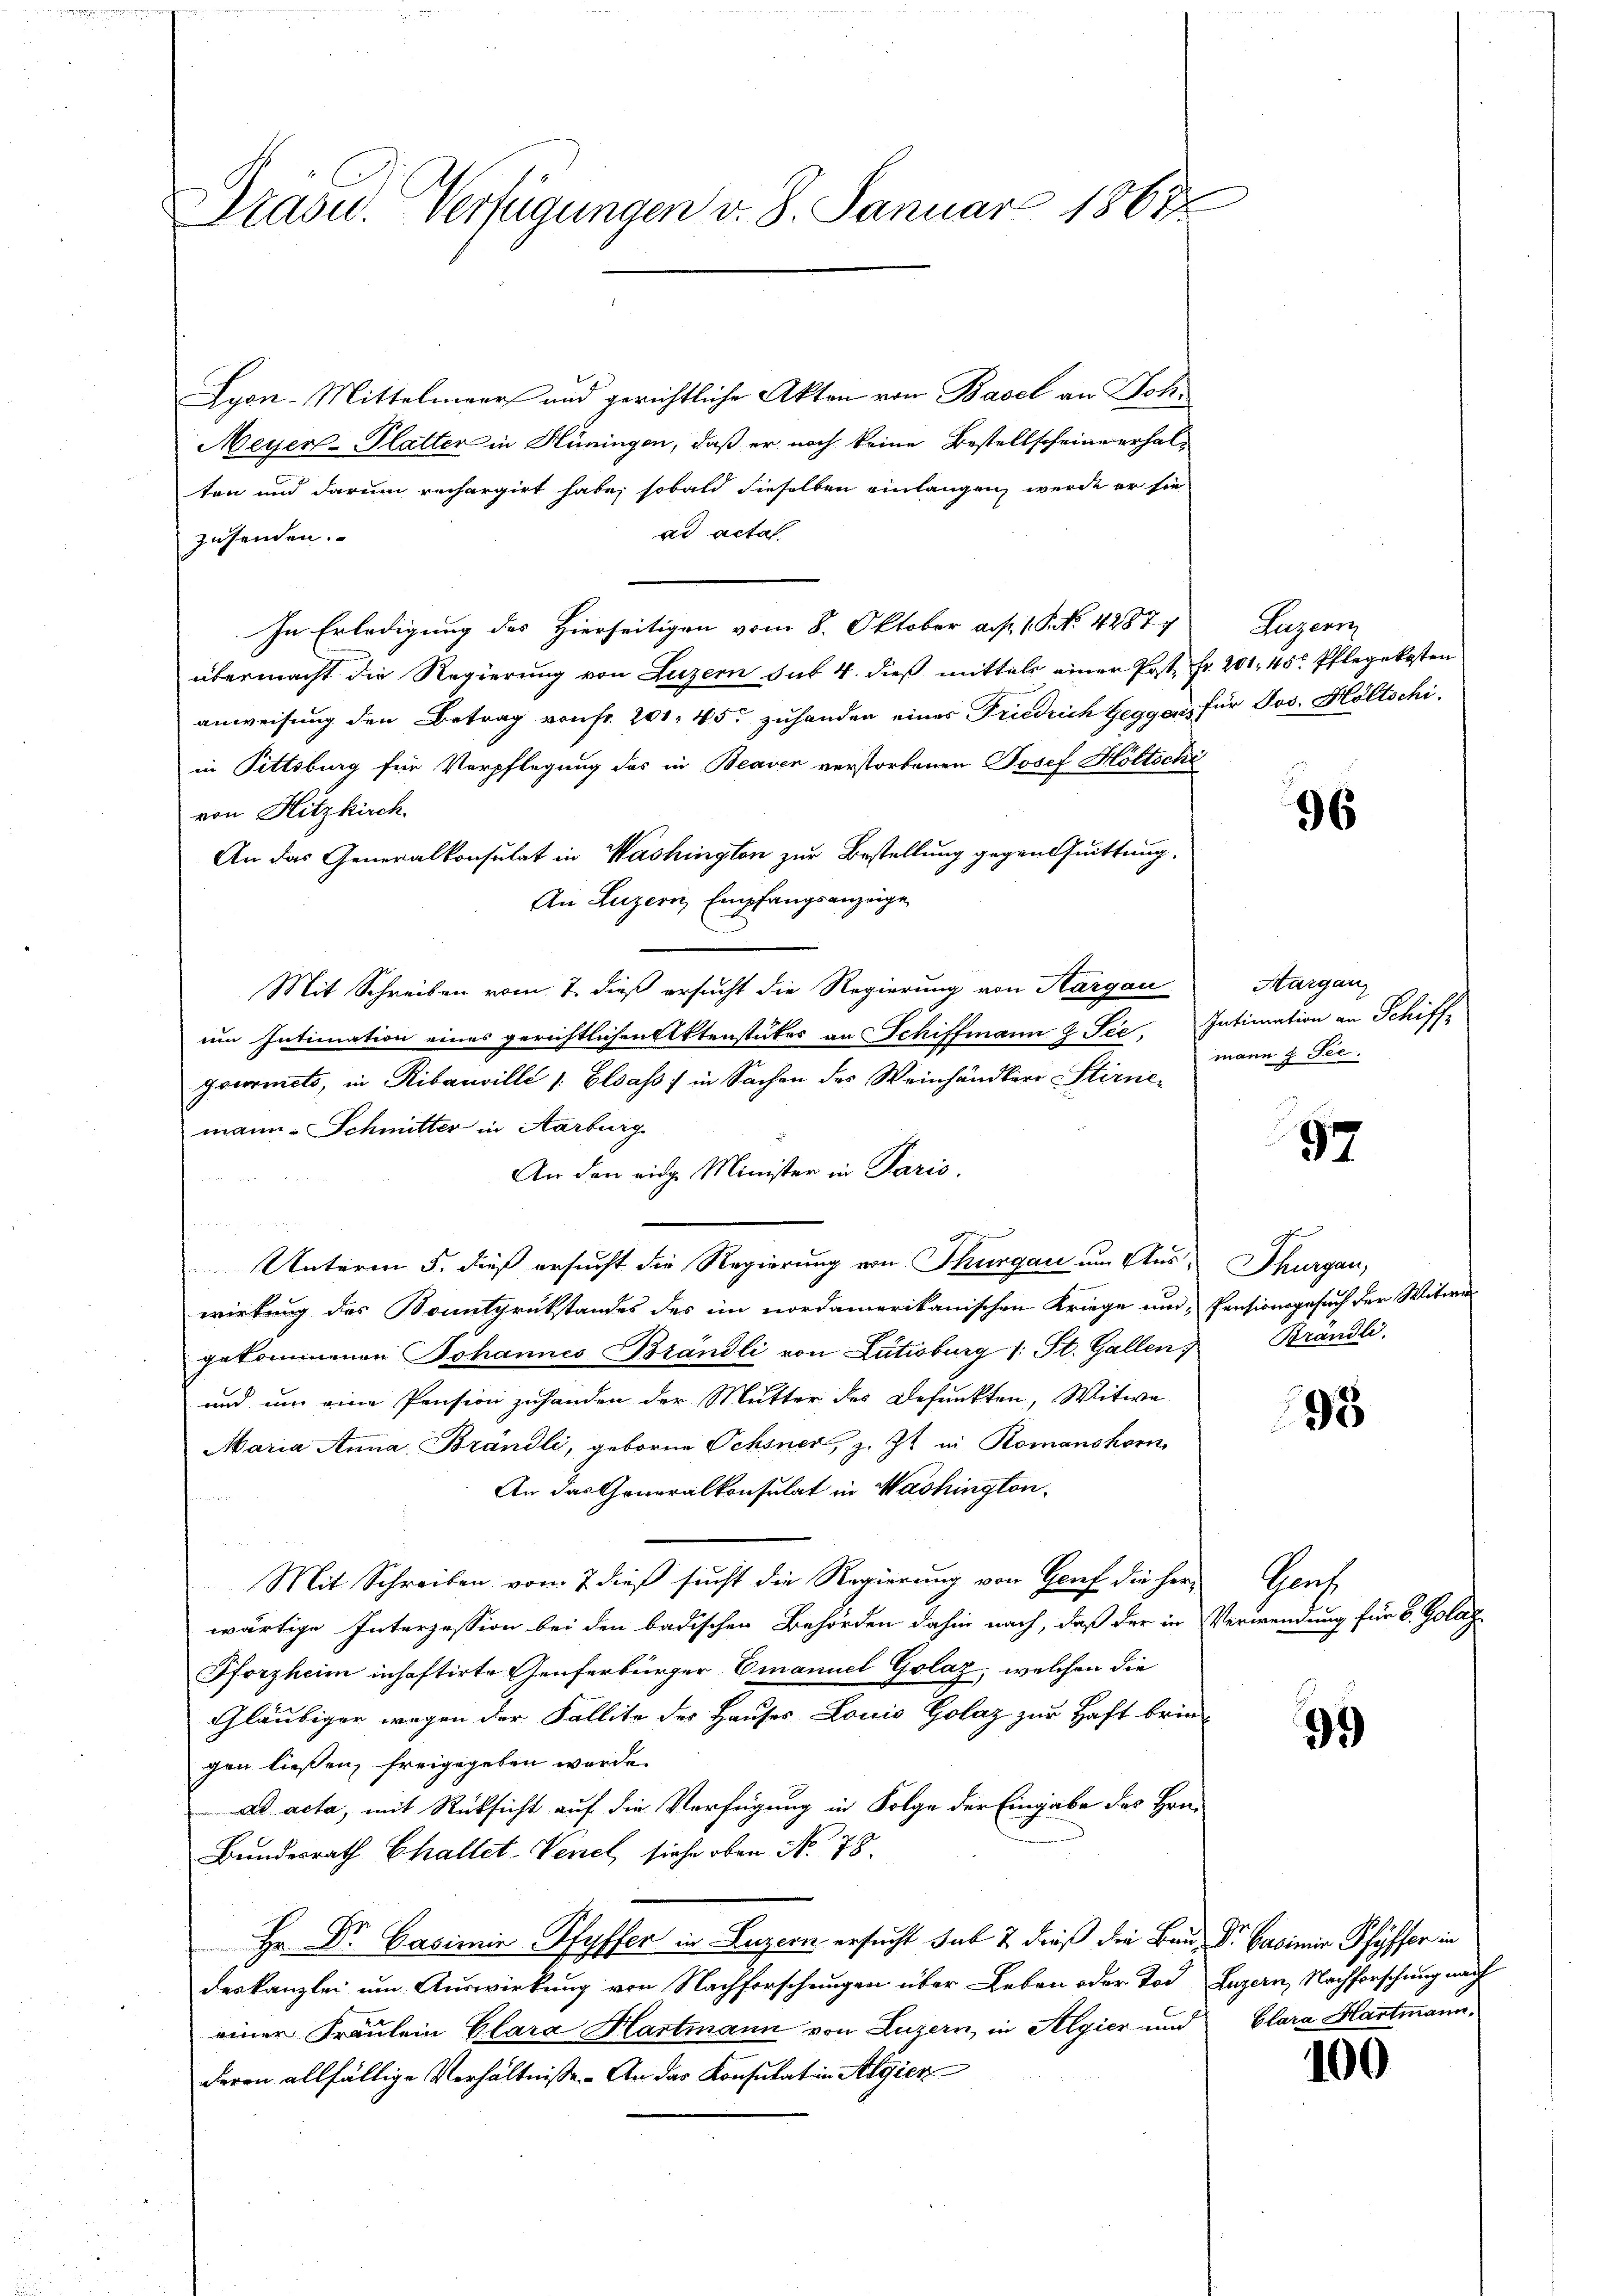
Präsid.. Verfügungen v. 8. Januar 1867

Lyon-Mittelmeer und gerichtliche Akten von Basel an Joh.
Meyer-Platter in Hüningen, daß er noch keine Bestellscheine erhalten und darum rechargirt habe, sobald dieselben einlangen werde er sie
ad acta
zehenden.
In Erledigung des Hierseitigen vom 8. Oktober a. p. 1. P. Nr. 4287.
übermacht die Regierung von Luzern sub 4. dieß mittels einer Post fr. 201. 45. Pflegekosten
anweisung den Betrag von fr. 201. 45 zuhanden eines Friedrich Geggen, für Jos. Höltschi
in Pittsburg für Verpflegung des in Beaver verstorbenen Josef Höltschi
von Hitzkirch
An das Generalkonsulat in Washington zur Bestellung gegentuittung.
An Luzern Empfangsanzeige
Mit Schreiben vom 7. dieß ersucht die Regierung von Aargau
um Intimation eines gerichtlichen Aktenstückes an Schiffmann z. Tee. Intimation an Schiff-
gvernets, in Ribauville s. Elsass in Sachen des Weinhändler Stirnemann-Schmitter in Aarburg
An den einge Minister in Paris.
d
Unterm 5. dieß ersucht die Regierung von Thurgau um Aus Thurgau,
wirkung des Donitgrükstandes des im nordamerikanischen Kriege und Pensionsgesuch der Witwe
gekommenen Johannes Brändli von Lutisburg 1. St. Gallen Brändli,
und um eine Pension zuhanden der Mutter des Defunkten, Witwe
Maria Anna Brändli, geborne Ochsner, z. Zt. in Romanshorn
An das Generalkonsulat in Washington

Mit Schreiben vom 7 dieß sucht die Regierung von Genf die herwärtige Interzession bei den badischen Behörden dahin nach, daß der in Verwendung für 6. Golaz
Pforzheim inhaftirte Genferbürger Emanuel Golaz, welchen die
Gläubiger wegen der Fallite der Hauses Louis Golaz zur Haft bringen liessen, freigegeben werde.
ad acta, mit Rücksicht auf die Verfügung in Folge der Eingabe des Hrn.
Bundesrath Challet-Venet, siehe oben No. 78.
 Hr. Dr. Casimir Pfyffer in Luzern ersucht sub 2 dieß die Bei Dr. Casimir Pfyffer in
deskanzlei um Auswirkung von Nachforschungen über Leben oder Tod. Luzern, Nachforschung nach
einer Fraulein Clara Hartmann von Luzern, in Algier und Glara Hartmann,
deren allfällige Verhältnisse. An das Konsulat in Algier

e

Luzern

96

Aargau
mann 2 Tre

97

95

ris

9.)

100